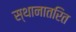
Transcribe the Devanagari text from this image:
स्थानातरित